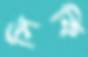
সিকি